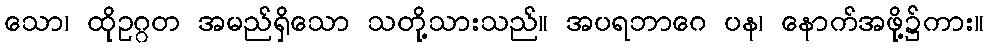
သော၊ ထိုဥဂ္ဂတ အမည်ရှိသော သတို့သားသည်။ အပရဘာဂေ ပန၊ နောက်အဖို့၌ကား။